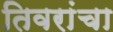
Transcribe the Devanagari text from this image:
तिवरांचा